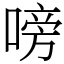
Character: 嗙